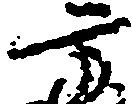
方